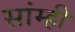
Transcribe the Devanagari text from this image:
सांम्ही